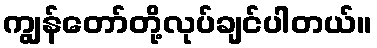
ကျွန်တော်တို့လုပ်ချင်ပါတယ်။